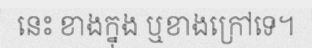
នេះ ខាងក្នុង ឬខាងក្រៅទេ។